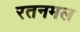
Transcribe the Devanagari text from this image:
रतनमल